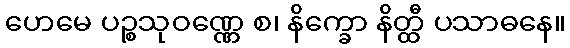
ဟေမေ ပဉ္စသုဝဏ္ဏေ စ၊ နိက္ခော နိတ္ထီ ပသာဓနေ။